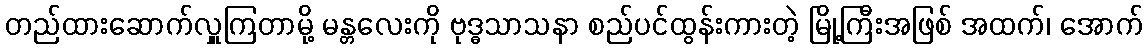
တည်ထားဆောက်လှူကြတာမို့ မန္တလေးကို ဗုဒ္ဓသာသနာ စည်ပင်ထွန်းကားတဲ့ မြို့ကြီးအဖြစ် အထက်၊ အောက်